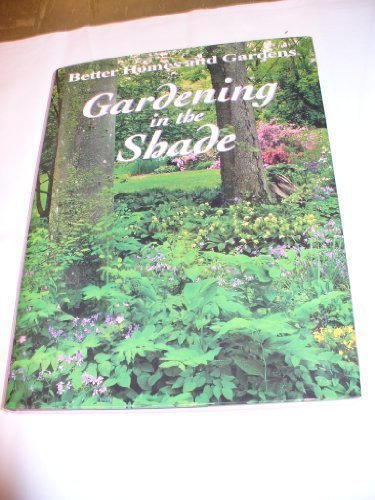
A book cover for Gardening in the Shade; Anne Moyer Halpin; Crafts, Hobbies & Home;